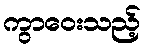
ကွာဝေးသည့်